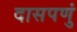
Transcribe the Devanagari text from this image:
दासपणुं